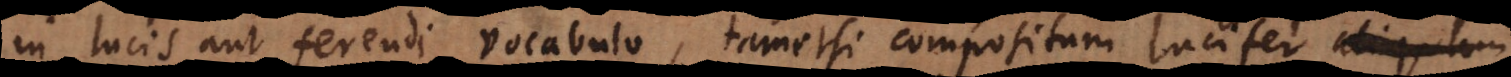
in lucis aut ferendi vocabulo, tametsi compositum lucifer aliquam